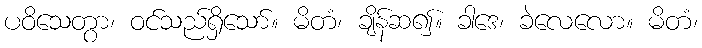
ပဝိသေတွာ၊ ဝင်သည်ရှိသော်။ မိတံ၊ ချိန်ဆ၍။ ခါဒေ၊ ခဲလေလော။ မိတံ၊